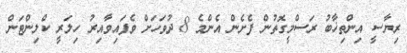
ރިޔާސީ އިންތިޚާބު ރަސްމީގޮތުން ފެށެން އެންމެ 8 ދުވަހަށް ވެފައިވާއިރު ހިލަރީ ކްލިންޓަން